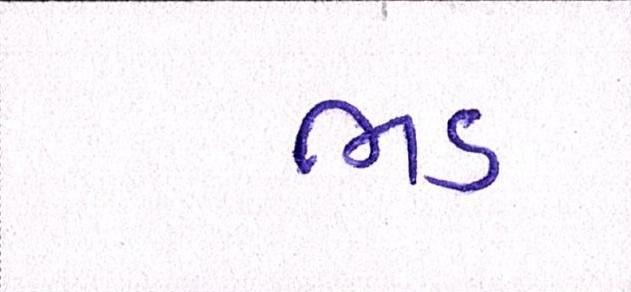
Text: ભડ